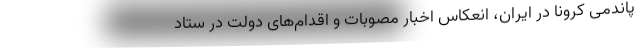
پاندمی کرونا در ایران، انعکاس اخبار مصوبات و اقدام‌های دولت در ستاد